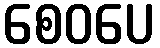
စေဝပေ